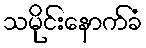
သမိုင်းနောက်ခံ